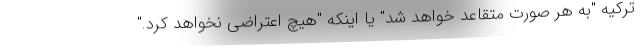
ترکیه "به هر صورت متقاعد خواهد شد" یا اینکه "هیچ اعتراضی نخواهد کرد."